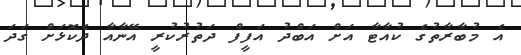
އެ މުބާރާތުގެ ކުއާޓާ އަށް އަބްދު އަފީފް ދަތުރުކުރީ އޭނާއާ ދެކޮޅަށް ގަދަ